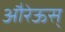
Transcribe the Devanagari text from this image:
औरेऊस्